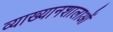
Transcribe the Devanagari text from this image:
व्याख्यानशालाओं